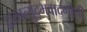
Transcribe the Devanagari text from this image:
द्वारवत्युद्भवाद्गोपी